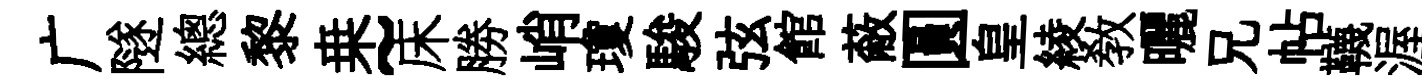
广隧總黎桒~床勝峭瓊駿弦館蔽圓皇綾教曬兄帖韈渥